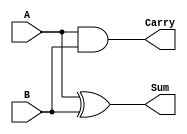
module HalfAdder (
    input wire A,      // First input bit
    input wire B,      // Second input bit
    output wire Sum,   // Sum output
    output wire Carry  // Carry output
);

// Combinational logic for Sum and Carry
assign Sum = A ^ B;   // Sum is the XOR of A and B
assign Carry = A & B; // Carry is the AND of A and B

endmodule